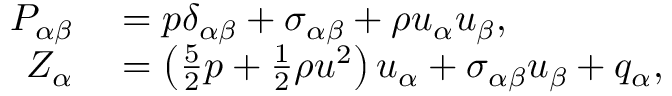
\begin{array} { r l } { P _ { \alpha \beta } } & { { } = p \delta _ { \alpha \beta } + \sigma _ { \alpha \beta } + \rho u _ { \alpha } u _ { \beta } , } \\ { Z _ { \alpha } } & { { } = \left( \frac { 5 } { 2 } p + \frac { 1 } { 2 } \rho u ^ { 2 } \right) u _ { \alpha } + \sigma _ { \alpha \beta } u _ { \beta } + q _ { \alpha } , } \end{array}